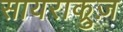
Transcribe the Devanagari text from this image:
सायराक्रुज़